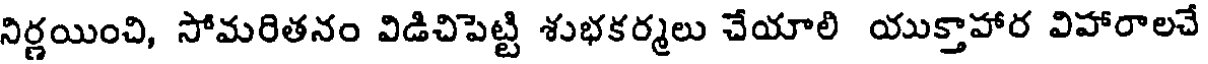
నిర్ణయించి, సోమరితనం విడిచిపెట్టి శుభకర్మలు చేయాలి యుక్తాహార విహారాలచే